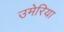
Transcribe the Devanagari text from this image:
उमेरिया